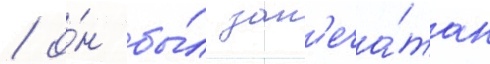
/ о́н бы́л зап'еча́тан